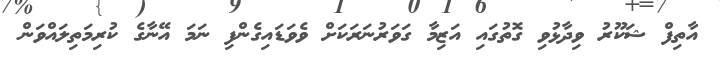
އާތިފް ޝަކޫރު ވިދާޅުވި ގޮތުގައި އަޒިމާ ގަވަރުނަރަކަށް ވެވަޑައިގެންފި ނަމަ އޭނާގެ ކުރިމަތިލައްވަން